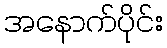
အနောက်ပိုင်း